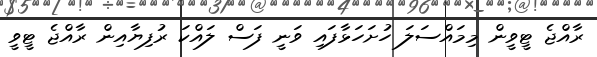
ރާއްޖެ ޓީވީން މިމައްސަލަ ހުށަހަޅާފައި ވަނީ ފަސް ލައްކަ ރުފިޔާއިން ރާއްޖެ ޓީވީ